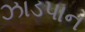
ઝાડપાન